Tartu_Linna_ja_Maakonna_Kaitseliit, lk 43
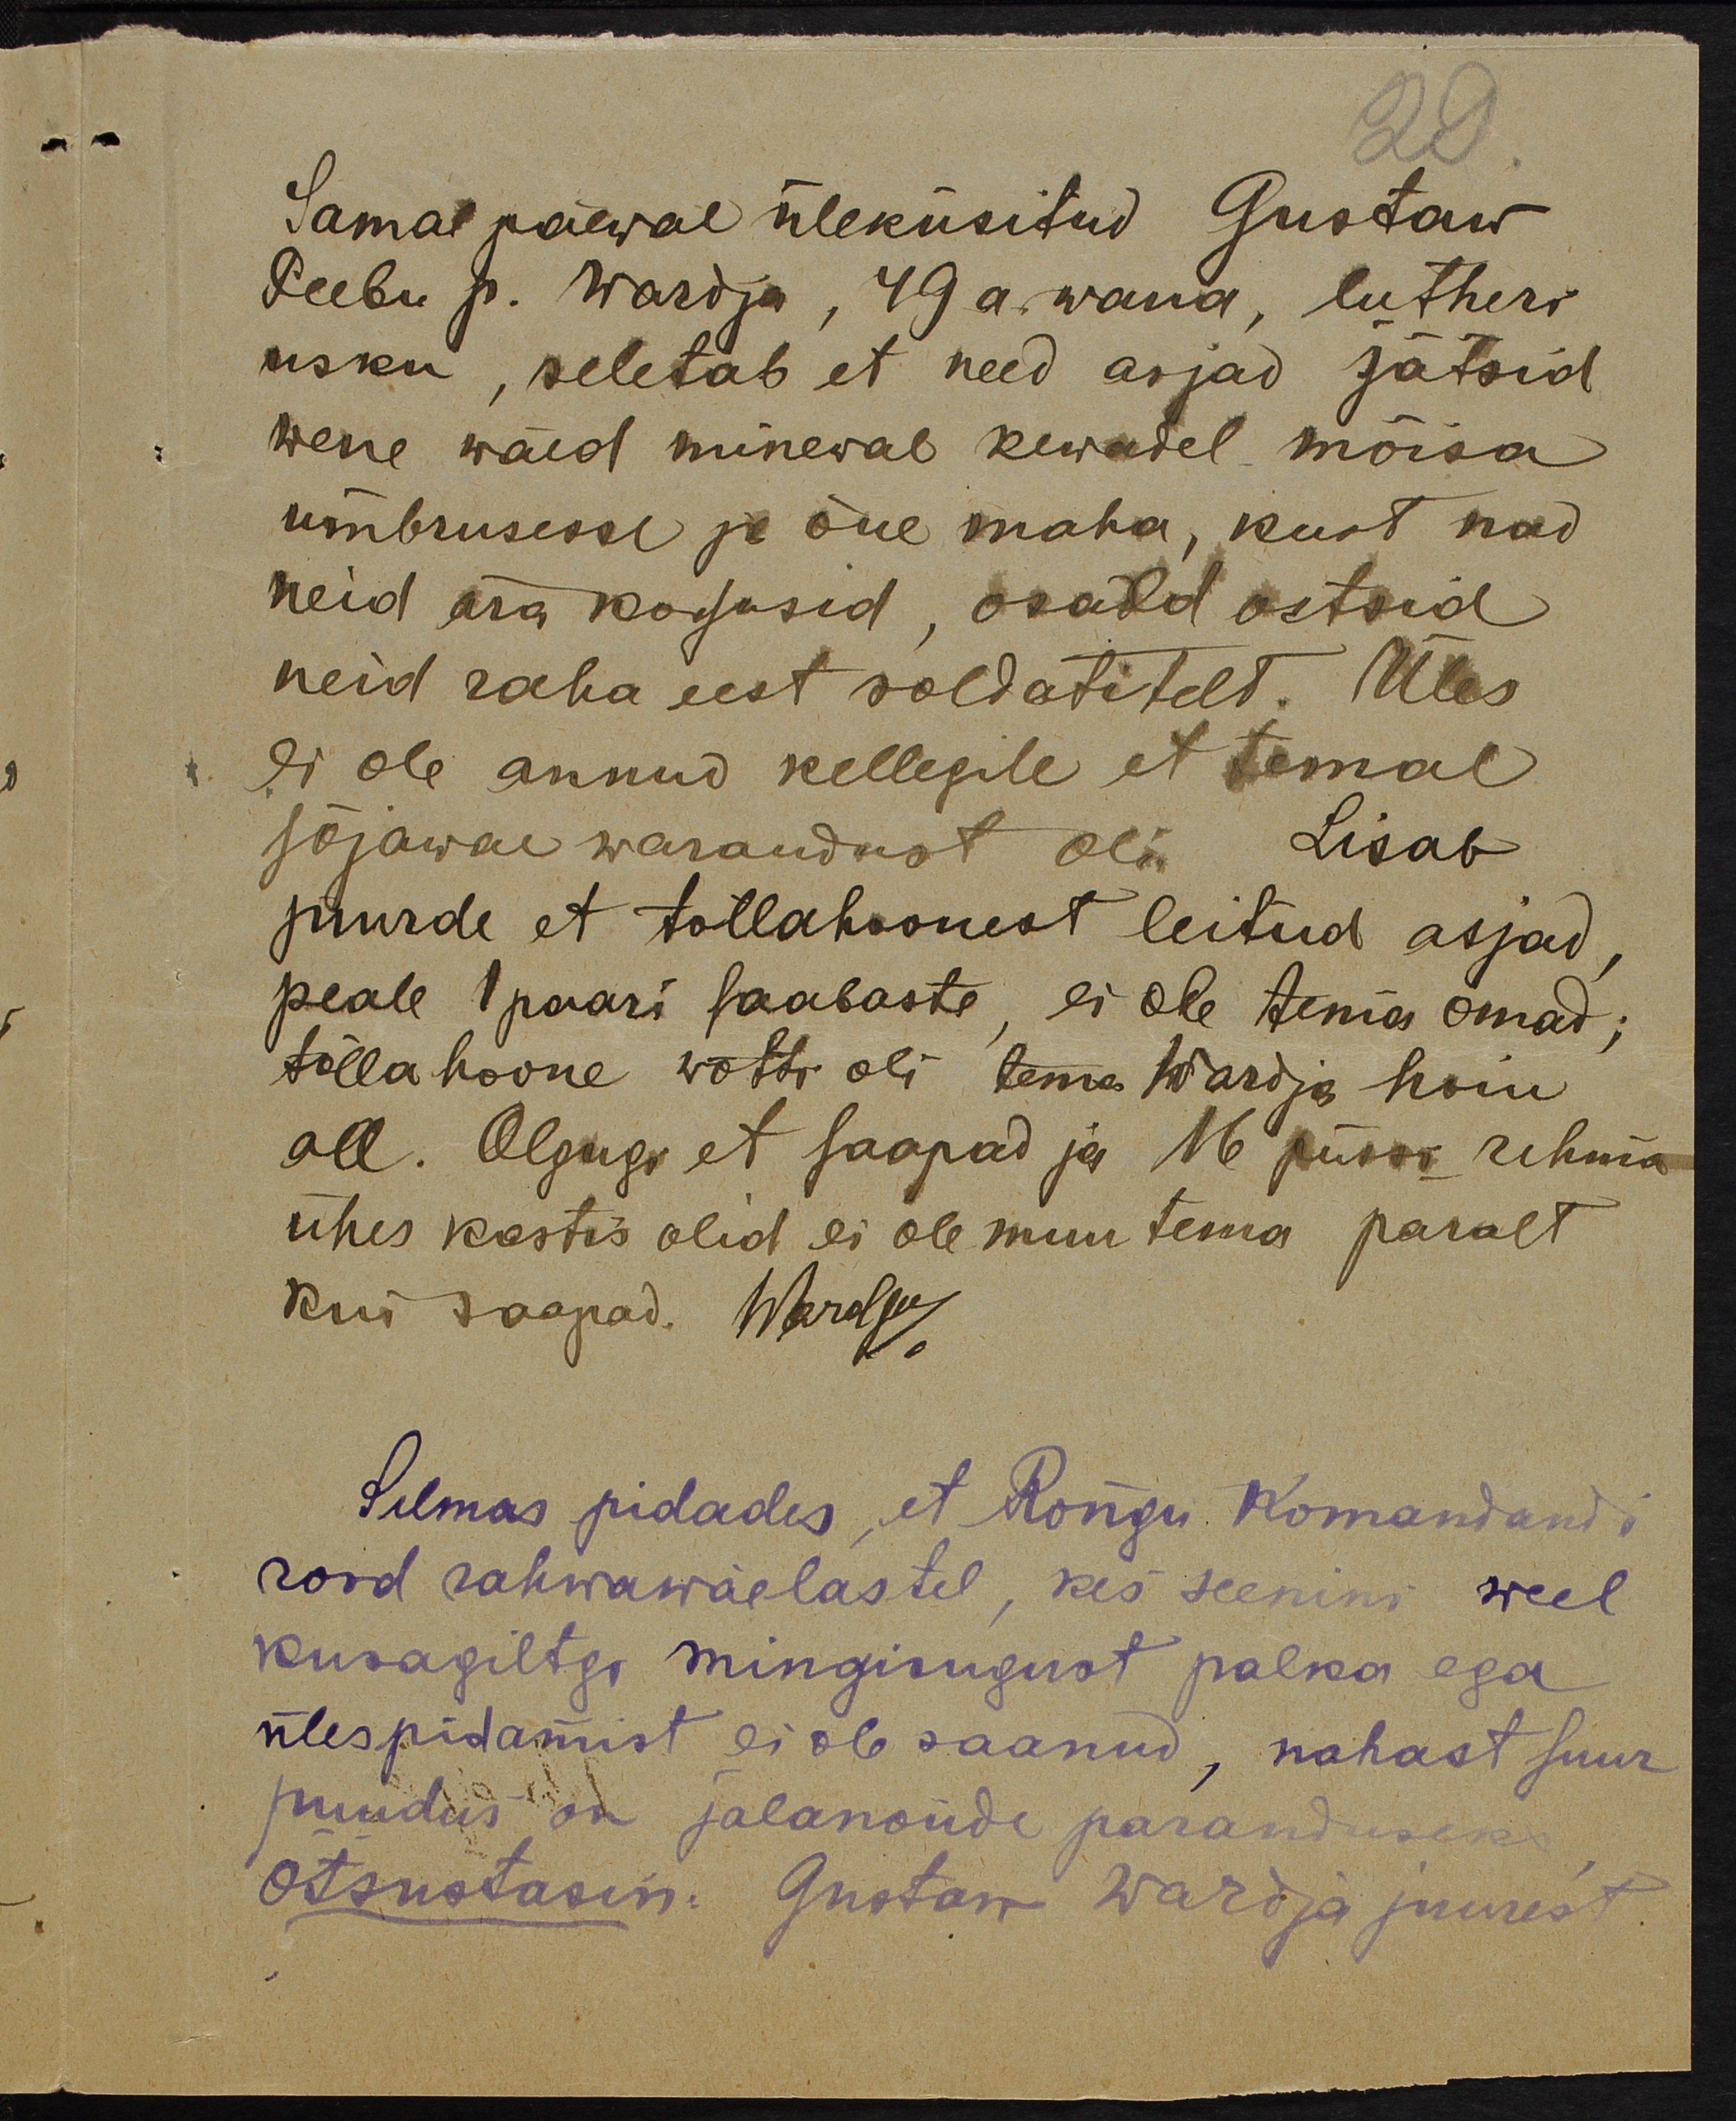
Samal päewal üleküsitud Gustaw
Peebu p. Wardja, 49a. wana, lutheri
usku, seletab et need asjad jätsid
wene wäed minewal kewadel mõisa
ümbrusesse ja õue maha, kust nad
neid ära kogusid, osald ostsid
neid raha eest soldatitelt. Üles
ei ole annud kellegile et temal
sõjawäe warandust oli. Lisab
juurde et tollahoonest leitud asjad
peale 1 paari saabaste, ei ole tema omad;
tõllahoone wõtti oli tema wardja hoiu
all. Olgugi et saapad ja 16 püssi rehma
ühes kastis olid ei ole muu tema päralt
kui saapad. Wardja
Silmas pidades, et Rõngu Komandandi
kord rahwawäelastel, kes seenini weel
kusagiltgi mingisugust palka ega
ülespidamist ei ole saanud, nahast suur
puudus on jalanoude paranduseks
Otsustasin: Gustaw Wardja juurest,